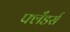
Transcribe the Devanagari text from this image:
फ्लँडर्स